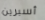
أسبرين